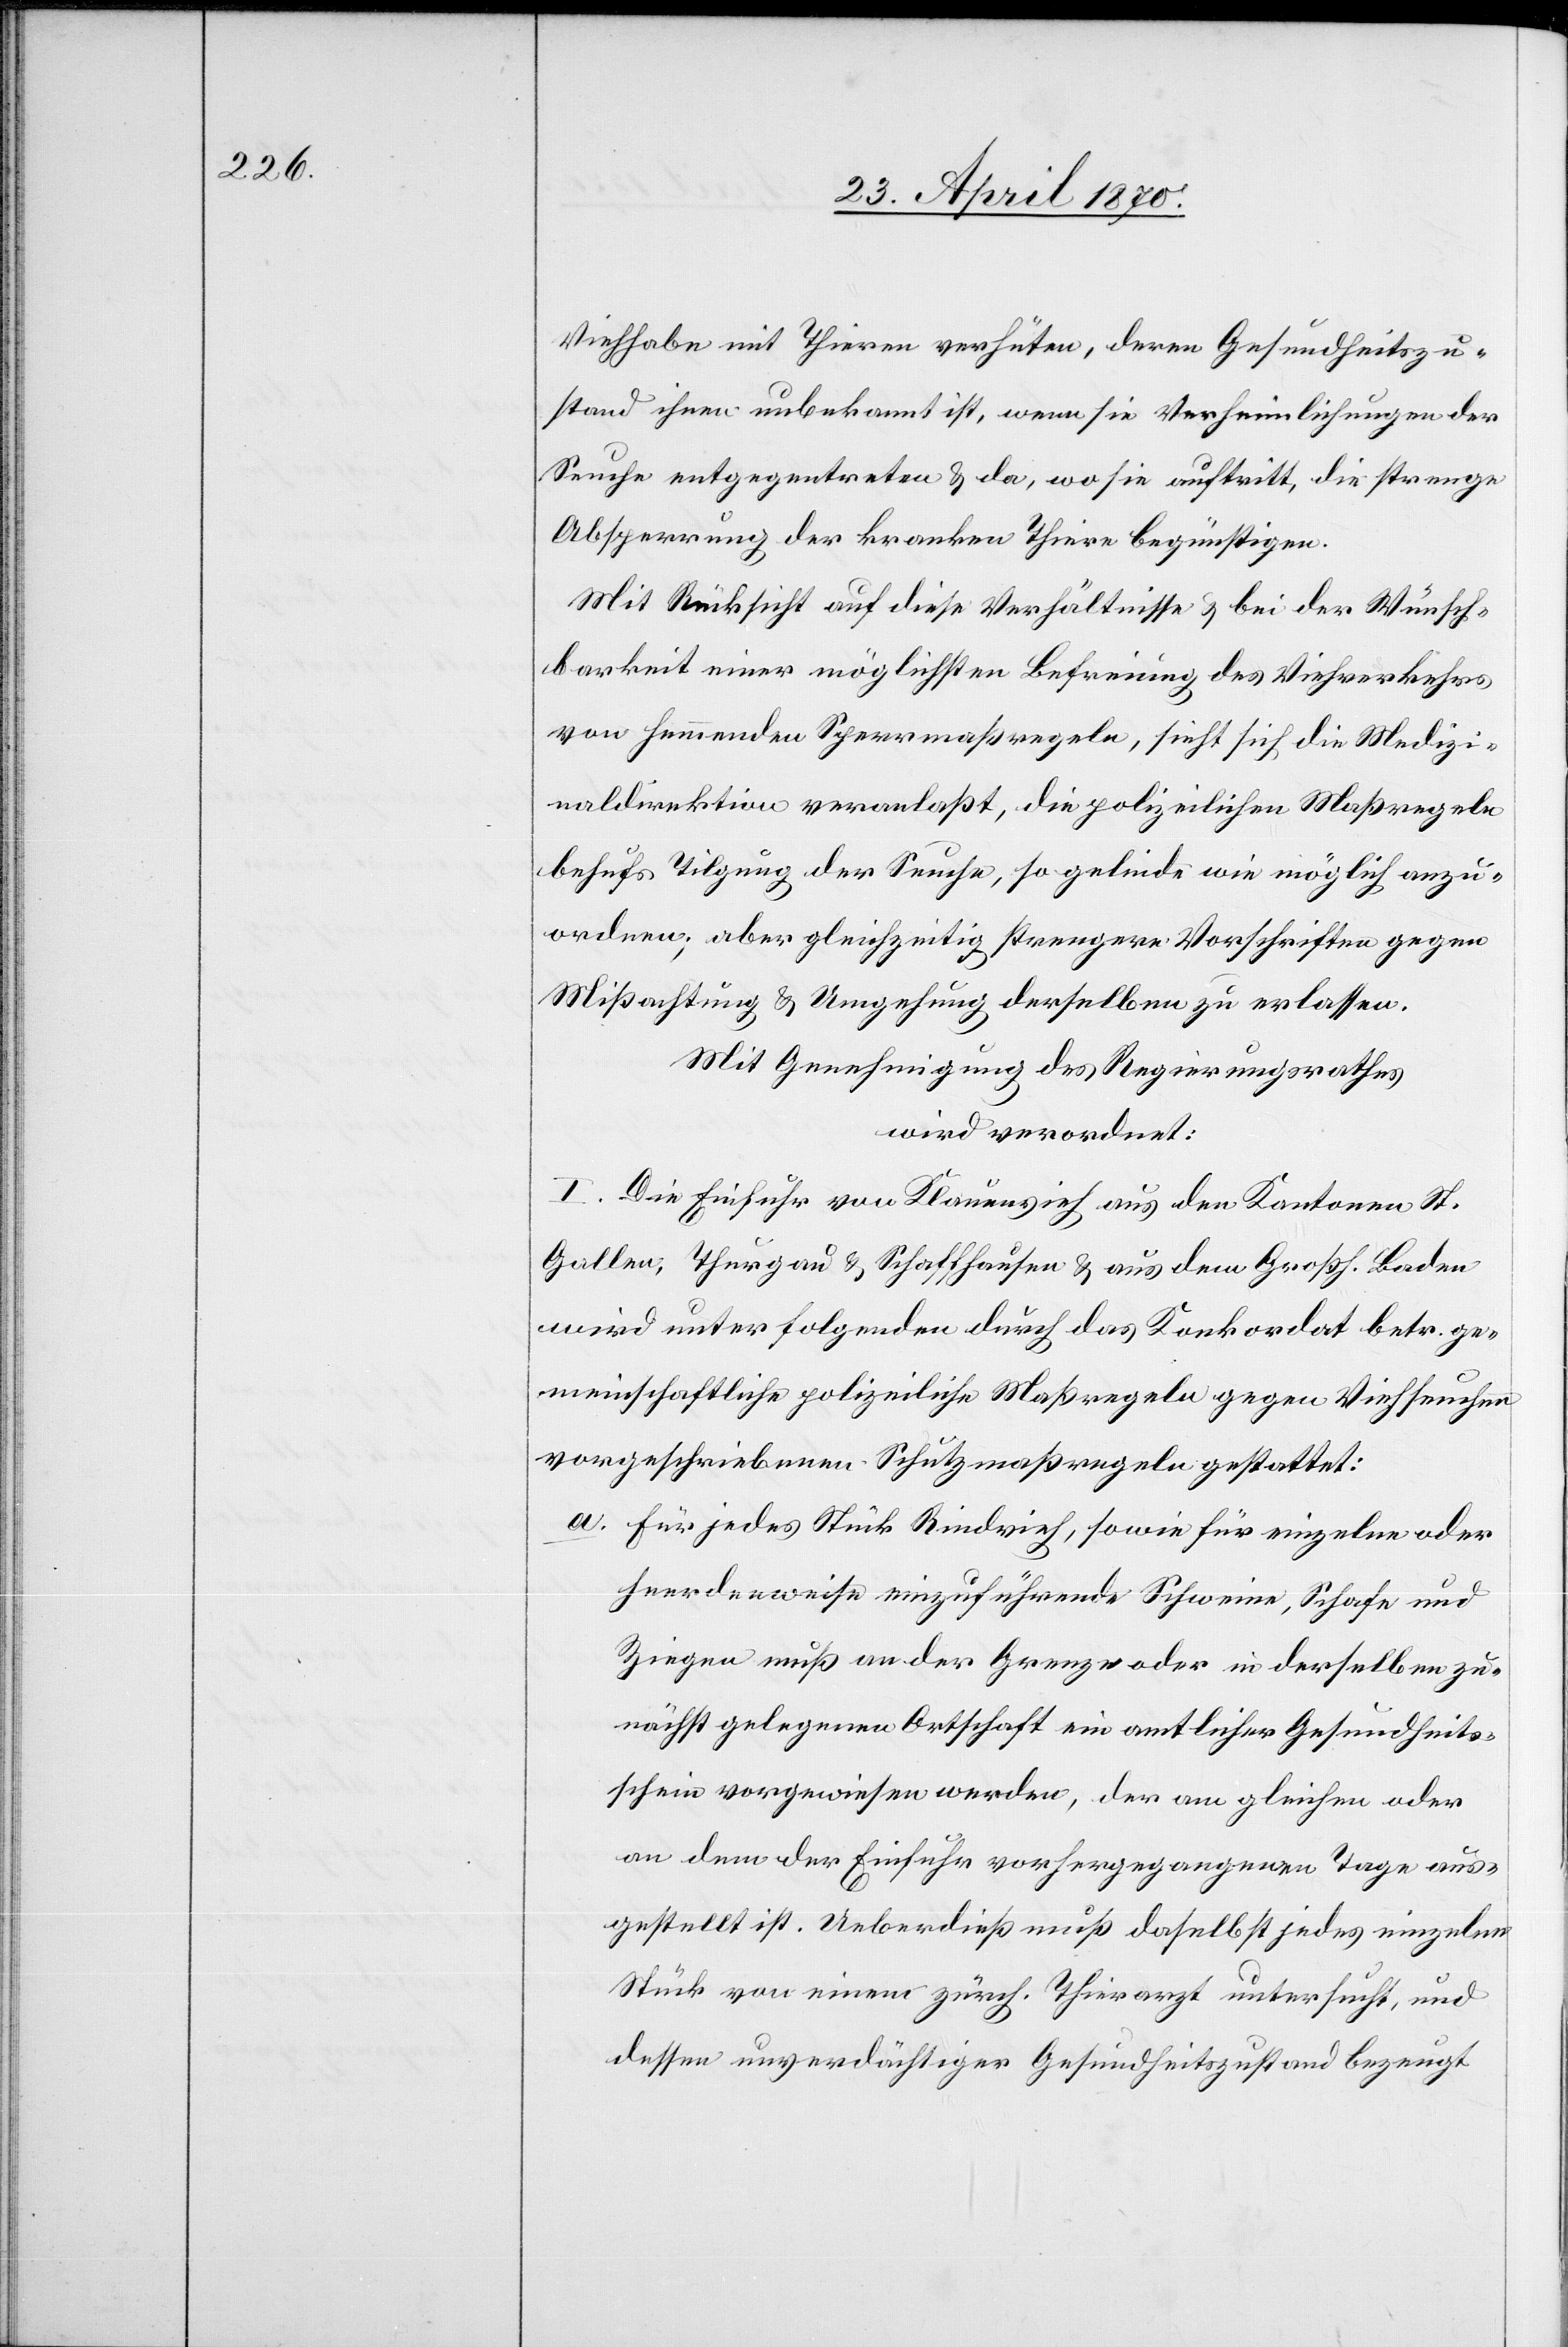
Viehhabe mit Thieren verhüten, deren Gesundheitszu¬
stand ihnen unbekannt ist, wenn sie Verheimlichungen der
Seuche entgegentreten & da, wo sie auftritt, die strenge
Absperrung der kranken Thiere begünstigen.
Mit Rücksicht auf die Verhältnisse & bei der Wünsch¬
barkeit einer möglichsten Befreiung des Viehverkehrs
von hemmenden Sperrmaßregeln, sieht sich die Medizi¬
naldirektion veranlaßt, die polizeilichen Maßregeln
behufs Tilgung der Seuche, so gelinde wie möglich anzu¬
ordnen; aber gleichzeitig strengere Vorschriften gegen
Mißachtung & Umgehung derselben zu erlassen.
Mit Genehmigung des Regierungsrathes,
wird verordnet:
I. Die Einfuhr von Klauenvieh aus den Kantonen St.
Gallen, Thurgau & Schaffhausen & aus dem Großh. Baden
wird unter folgenden durch das Konkordat betr. ge¬
meinschaftliche polizeiliche Maßregeln gegen Viehseuchen
vorgeschriebenen Schutzmaßregeln gestattet:
a. Für jedes Stück Rindvieh, sowie für einzelne oder
heerdenweise einzuführende Schweine, Schafe und
Ziegen muß an der Grenze oder in derselben zu¬
nächst gelegenen Ortschaft ein amtlicher Gesundheits¬
schein vorgewiesen werden, der am gleichen oder
an dem der Einfuhr vorhergegangenen Tage aus¬
gestellt ist. Ueberdieß muß daselbst jedes einzelne
Stück von einem zürch. Thierarzt untersucht, und
dessen unverdächtiger Gesundheitszustand bezeugt